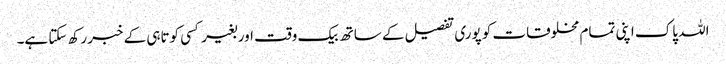
اللہ پاک اپنی تمام مخلوقات کو پوری تفصیل کے ساتھ بیک وقت اور بغیر کسی کوتاہی کے خبر رکھ سکتا ہے۔